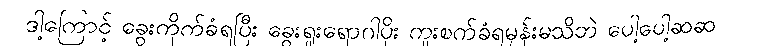
ဒါ့ကြောင့် ခွေးကိုက်ခံရပြီး ခွေးရူးရောဂါပိုး ကူးစက်ခံရမှန်းမသိဘဲ ပေါ့ပေါ့ဆဆ